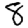
Digit: 8